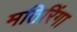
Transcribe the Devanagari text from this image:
मतिरिंगा